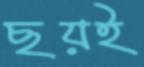
ছয়ই